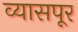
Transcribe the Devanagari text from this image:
व्यासपूर